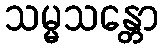
သမ္မသန္တော